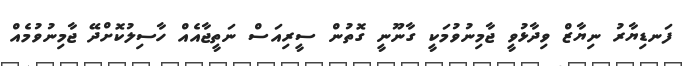
ފަނޑިޔާރު ނިޔާޒް ވިދާޅުވީ ޖާމިނުވުމަކީ ގާނޫނީ ގޮތުން ސީރިއަސް ނަތީޖާއެއް ހާސިލުކޮށްދޭ ޖާމިނުވުމެއް